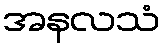
အနလသံ